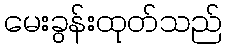
မေးခွန်းထုတ်သည်